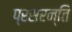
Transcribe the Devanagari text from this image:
प्रसरन्ति